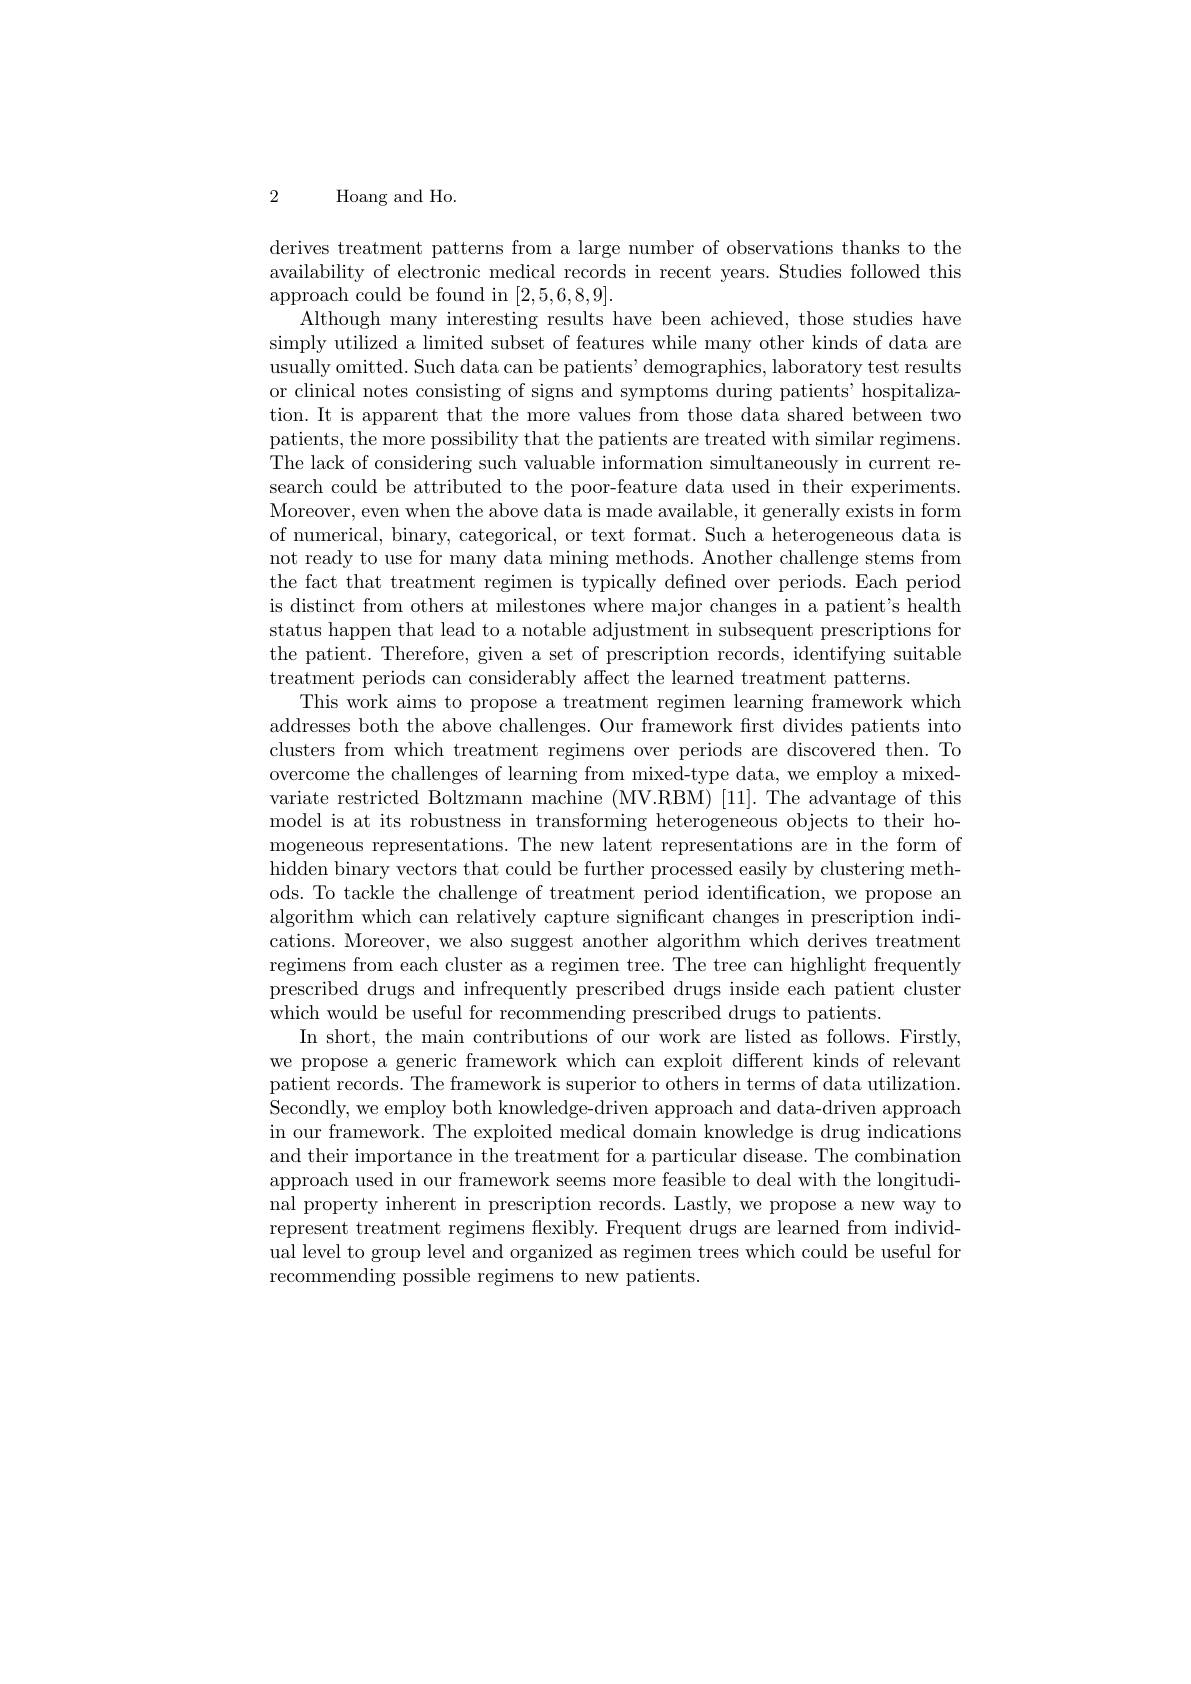
2 Hoang and Ho.

derives treatment patterns from a large number of observations thanks to the availability of electronic medical records in recent years. Studies followed this approach could be found in [2,5,6,8,9].
Although many interesting results have been achieved, those studies have simply utilized a limited subset of features while many other kinds of data are usually omitted. Such data can be patients' demographics, laboratory test results or clinical notes consisting of signs and symptoms during patients' hospitalization. It is apparent that the more values from those data shared between two patients, the more possibility that the patients are treated with similar regimens. The lack of considering such valuable information simultaneously in current research could be attributed to the poor-feature data used in their experiments. Moreover, even when the above data is made available, it generally exists in form of numerical, binary, categorical, or text format. Such a heterogeneous data is not ready to use for many data mining methods. Another challenge stems from the fact that treatment regimen is typically defined over periods. Each period is distinct from others at milestones where major changes in a patient's health status happen that lead to a notable adjustment in subsequent prescriptions for the patient. Therefore, given a set of prescription records, identifying suitable treatment periods can considerably affect the learned treatment patterns.
This work aims to propose a treatment regimen learning framework which addresses both the above challenges. Our framework first divides patients into clusters from which treatment regimens over periods are discovered then. To overcome the challenges of learning from mixed-type data, we employ a mixedvariate restricted Boltzmann machine (MV.RBM) [11]. The advantage of this model is at its robustness in transforming heterogeneous objects to their homogeneous representations. The new latent representations are in the form of hidden binary vectors that could be further processed easily by clustering methods. To tackle the challenge of treatment period identification, we propose an algorithm which can relatively capture significant changes in prescription indications. Moreover, we also suggest another algorithm which derives treatment regimens from each cluster as a regimen tree. The tree can highlight frequently prescribed drugs and infrequently prescribed drugs inside each patient cluster which would be useful for recommending prescribed drugs to patients.
In short, the main contributions of our work are listed as follows. Firstly, we propose a generic framework which can exploit different kinds of relevant patient records. The framework is superior to others in terms of data utilization. Secondly, we employ both knowledge-driven approach and data-driven approach in our framework. The exploited medical domain knowledge is drug indications and their importance in the treatment for a particular disease. The combination approach used in our framework seems more feasible to deal with the longitudinal property inherent in prescription records. Lastly, we propose a new way to represent treatment regimens flexibly. Frequent drugs are learned from individual level to group level and organized as regimen trees which could be useful for recommending possible regimens to new patients.